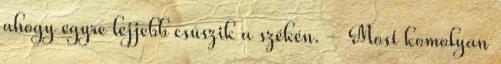
ahogy egyre lejjebb csúszik a székén. – Most komolyan